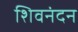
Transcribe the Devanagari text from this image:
शिवनंदन